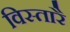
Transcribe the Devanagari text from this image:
विस्तारै